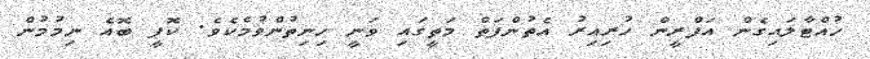
ހުއްޓާލައިގެން އަފްރީން ހުރިއިރު އެތުންފަތް މަތީގައި ވަނީ ހިނިތުންވުމެކެވެ. ކޮފީ ބޮއެ ނިމުމުން